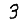
Digit: 3